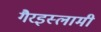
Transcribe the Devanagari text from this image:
गैरइस्लामी